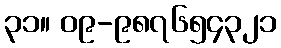
၃၁။ ၀၉-၉၈၇၆၅၄၃၂၁